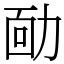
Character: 𠡳